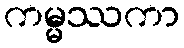
ကမ္မဿကာ